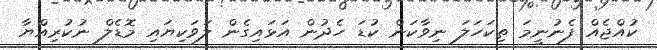
ކުއްޖެއް ފެނުނީމަ ތިކަހަލަ ނިވާކަން ކުޑަ ހެދުން އަޅައިގެން ލަވަކިޔައި މޮޑެލް ނުކުރިއްޔާ